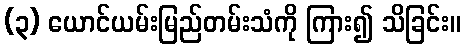
(၃) ယောင်ယမ်းမြည်တမ်းသံကို ကြား၍ သိခြင်း။